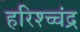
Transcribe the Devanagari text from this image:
हरिश्च्चंद्र